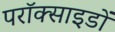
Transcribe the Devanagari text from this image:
परॉक्साइडों